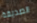
الصديقة